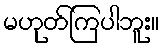
မဟုတ်ကြပါဘူး။